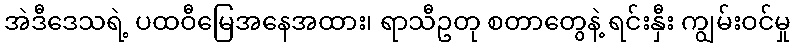
အဲဒီဒေသရဲ့ ပထဝီမြေအနေအထား၊ ရာသီဥတု စတာတွေနဲ့ ရင်းနှီး ကျွမ်းဝင်မှု